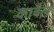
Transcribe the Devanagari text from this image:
काबैल